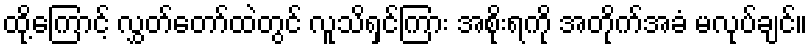
ထို့ကြောင့် လွှတ်တော်ထဲတွင် လူသိရှင်ကြား အစိုးရကို အတိုက်အခံ မလုပ်ချင်။